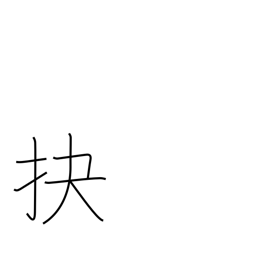
Meaning: pry